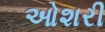
ઓશરી